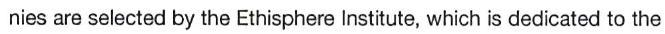
nies are selected by the Ethisphere Institute, which is dedicated to the